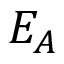
E _ { A }